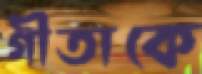
গীতাকে